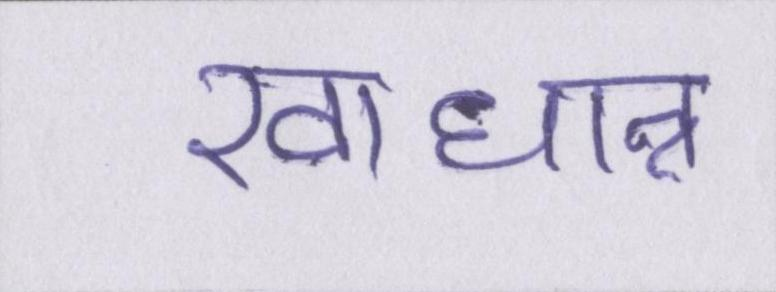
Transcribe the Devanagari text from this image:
खाधान्न